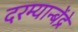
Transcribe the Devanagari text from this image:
दरम्यान्बेंद्रे